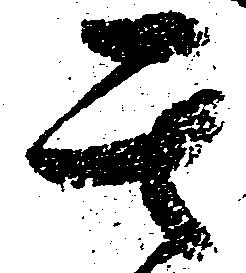
其